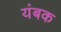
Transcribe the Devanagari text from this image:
यंबक